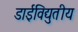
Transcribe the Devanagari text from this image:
डाईविद्युतीय